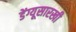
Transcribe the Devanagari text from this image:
डेंग्यूसारखी